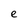
Character: e